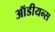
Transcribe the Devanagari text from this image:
ऑडीयन्स